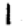
Digit: 1